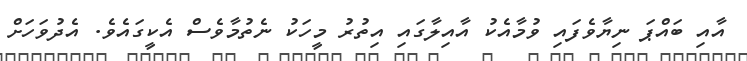
އާއި ބައްޕަ ނިޔާވެފައި ވުމާއެކު އާއިލާގައި އިތުރު މީހަކު ނެތުމާވެސް އެކީގައެވެ. އެދުވަހަށް